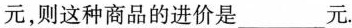
元，则这种商品的进价是___元.